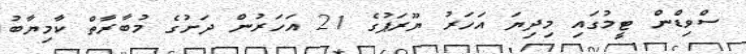
ސްވިޑްން ޓީމުގައި މިދިޔަ އަހަރު ޔޫރަޕުގެ 21 އަހަރުން ދަށުގެ މުބާރާތް ކާމިޔާބު